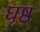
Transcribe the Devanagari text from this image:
घृष्ठ